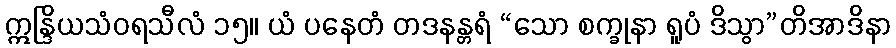
ဣန္ဒြိယသံဝရသီလံ ၁၅။ ယံ ပနေတံ တဒနန္တရံ “သော စက္ခုနာ ရူပံ ဒိသွာ”တိအာဒိနာ